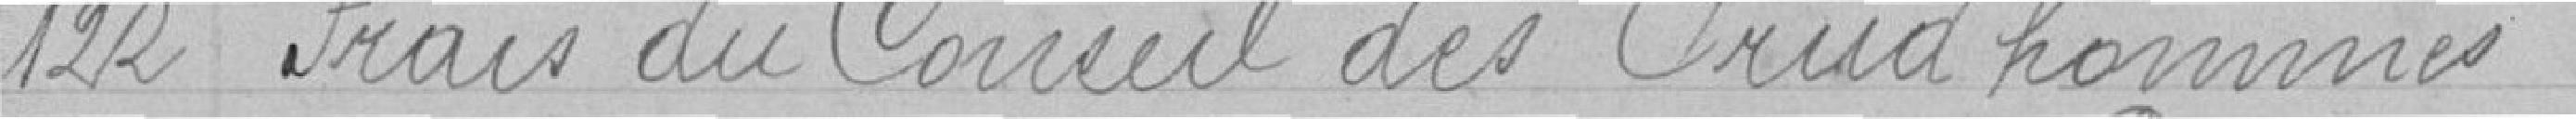
122 Frais du conseil des prud'hommes